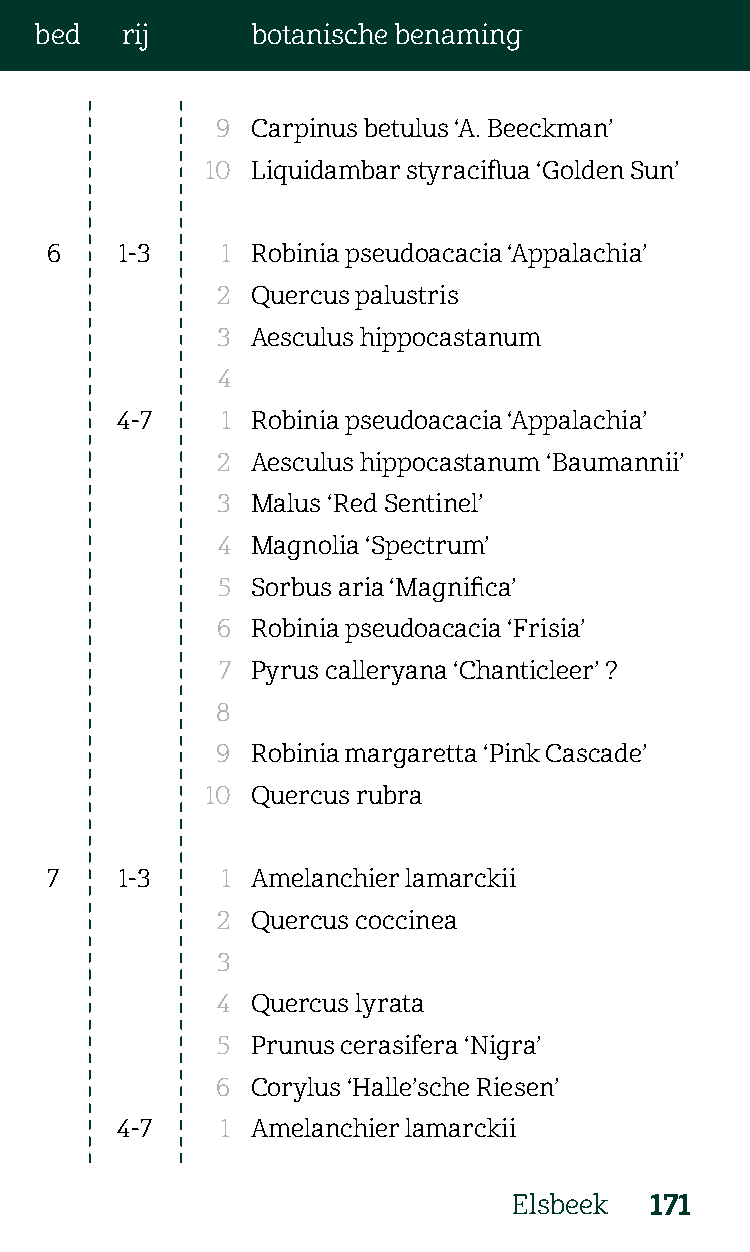
bed   rij      botanische benaming
 9  Carpinus betulus ‘A. Beeckman’
 10 Liquidambar styraciflua ‘Golden Sun’
 6    1-3    1 Robinia pseudoacacia ‘Appalachia’
 2  Quercus palustris
 3  Aesculus hippocastanum
 4
 4-7    1 Robinia pseudoacacia ‘Appalachia’
 2  Aesculus hippocastanum ‘Baumannii’
 3  Malus ‘Red Sentinel’
 4  Magnolia ‘Spectrum’
 5  Sorbus aria ‘Magnifica’
 6  Robinia pseudoacacia ‘Frisia’
 7  Pyrus calleryana ‘Chanticleer’ ?
 8
 9  Robinia margaretta ‘Pink Cascade’
 10 Quercus rubra
 7    1-3    1 Amelanchier lamarckii
 2  Quercus coccinea
 3
 4  Quercus lyrata
 5  Prunus cerasifera ‘Nigra’
 6  Corylus ‘Halle’sche Riesen’
 4-7    1 Amelanchier lamarckii
 Elsbeek  171